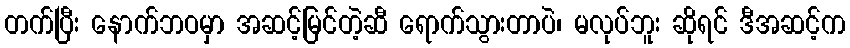
တက်ပြီး နောက်ဘဝမှာ အဆင့်မြင်တဲ့ဆီ ရောက်သွားတာပဲ၊ မလုပ်ဘူး ဆိုရင် ဒီအဆင့်က